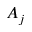
A _ { j }